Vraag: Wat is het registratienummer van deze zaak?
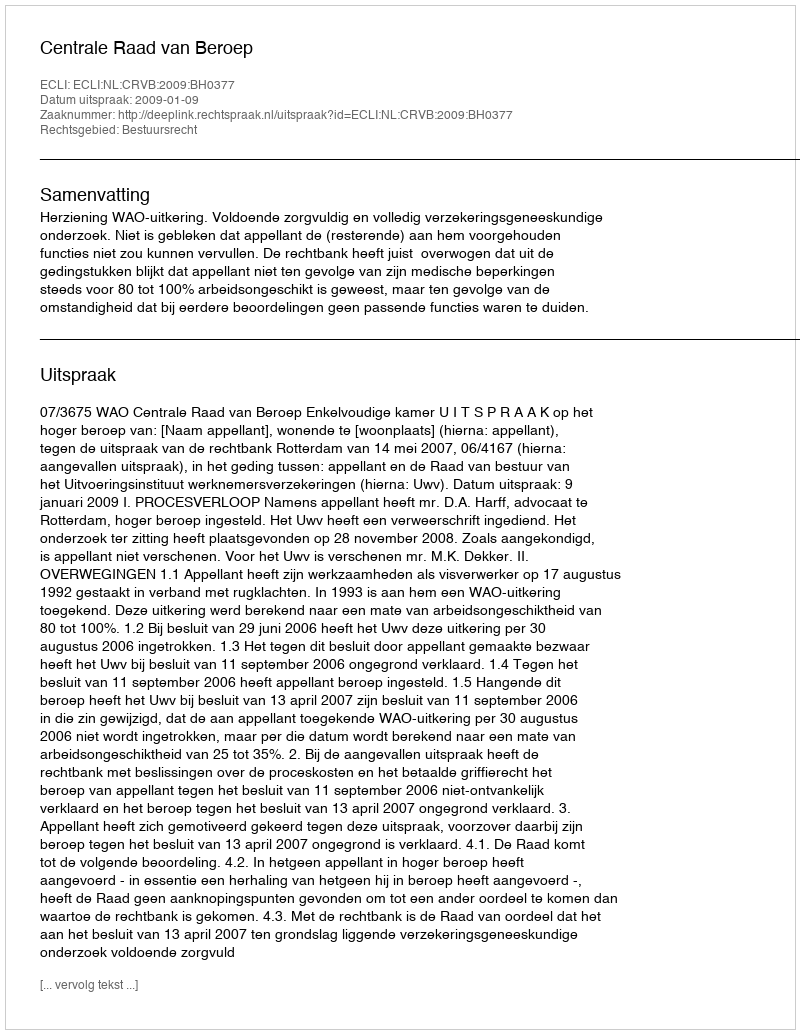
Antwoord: http://deeplink.rechtspraak.nl/uitspraak?id=ECLI:NL:CRVB:2009:BH0377